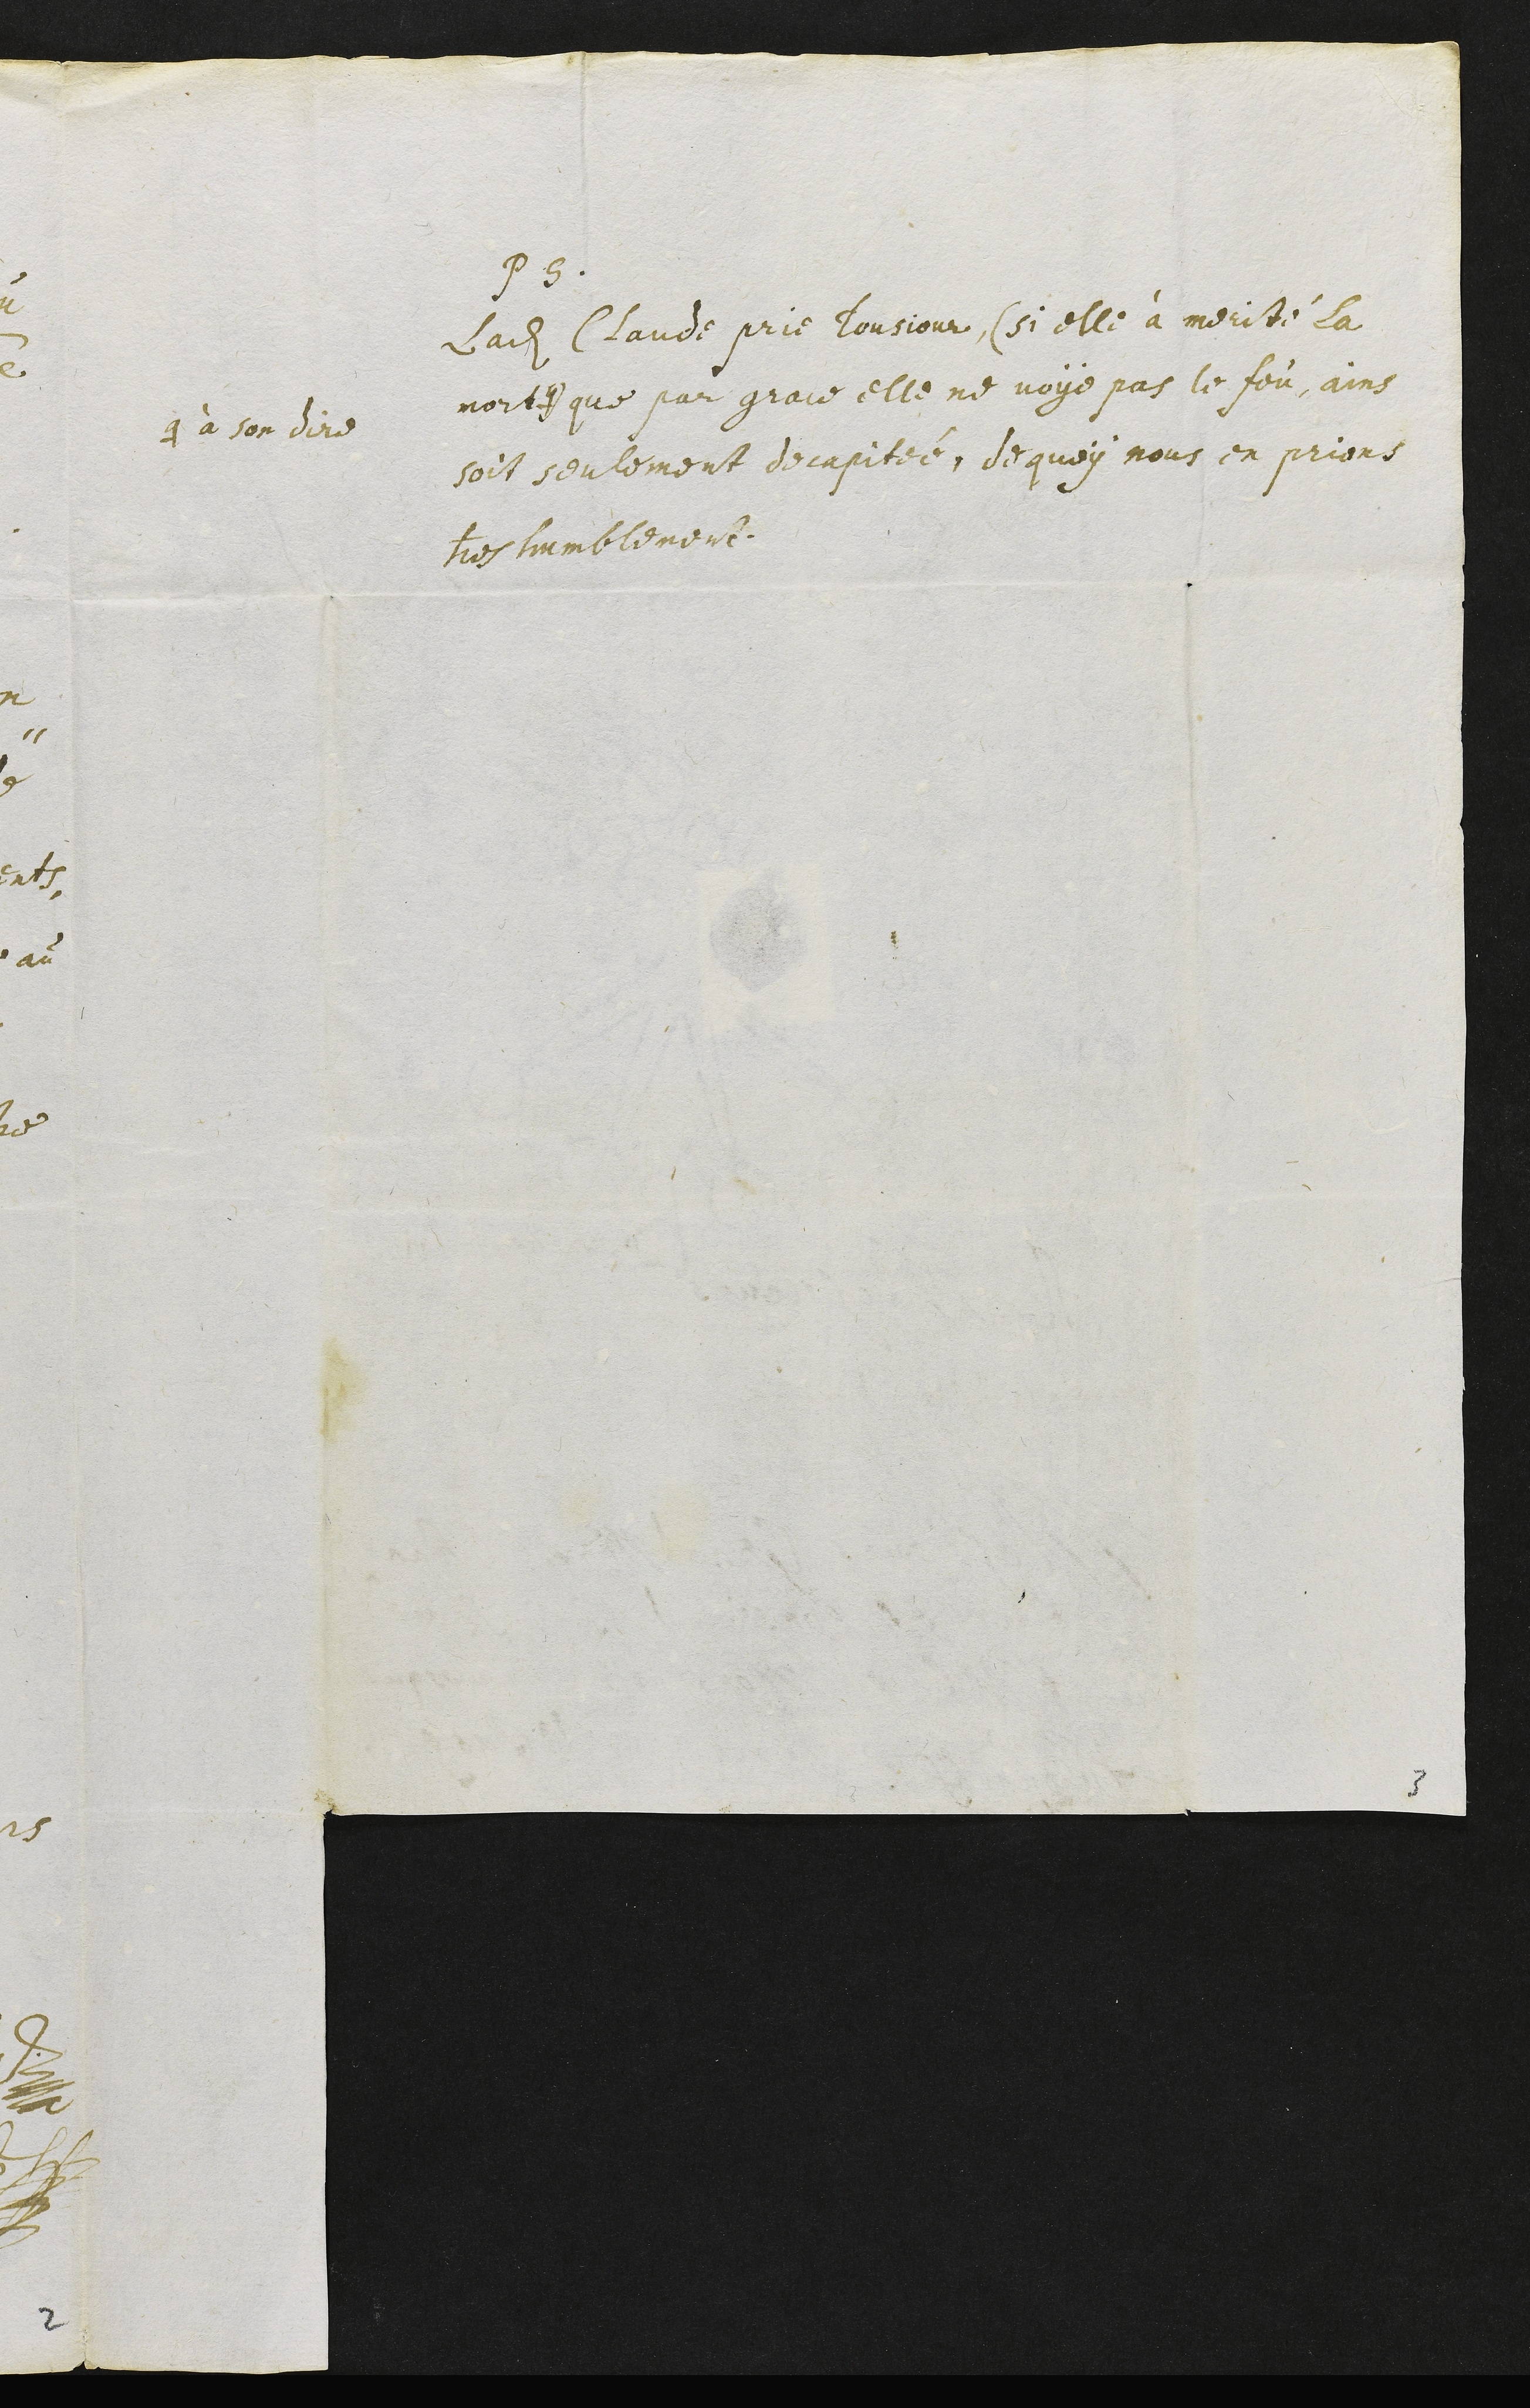
PS
Ladite Claude prie tousjour (si elle à merité la
mort #)
# à son dire
que par grace elle ne voye pas le feu, ains
soit seulement decapitée, de quoy nous en prions
tres humblement
3